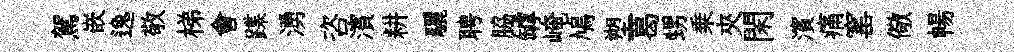
駕嵌逸敬梯會蹀湧咨濱耕驪聘脇罅崦鳩塑葛甥乗夾閑濱痛窰儆暢